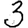
Digit: 3